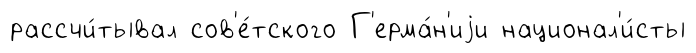
рассчи́тывал сов'е́тского Г'ерма́н'иjи национал'и́сты